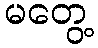
မတွေ့